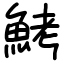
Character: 鮳